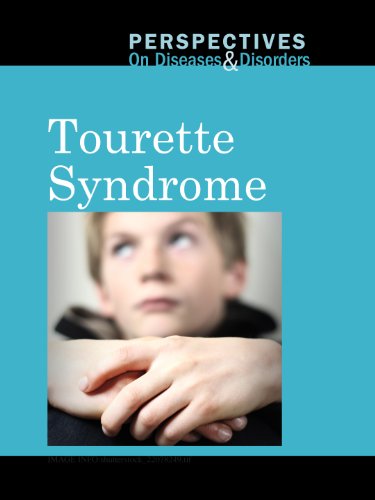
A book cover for Tourette Syndrome (Perspectives on Diseases and Disorders); Mary E. Williams; Health, Fitness & Dieting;